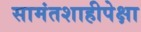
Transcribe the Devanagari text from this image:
सामंतशाहीपेक्षा